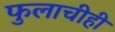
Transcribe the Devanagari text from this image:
फुलाचीही